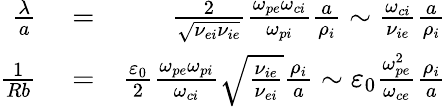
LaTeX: \begin{array}{rlr}{\frac{\lambda}{a}}&{{}=}&{\frac{2}{\sqrt{\nu_{ei}\nu_{ie}}}\frac{\omega_{pe}\omega_{ci}}{\omega_{pi}}\frac{a}{\rho_{i}}\sim\frac{\omega_{ci}}{\nu_{ie}}\frac{a}{\rho_{i}}}\\ {\frac{1}{Rb}}&{{}=}&{\frac{\varepsilon_{0}}{2}\frac{\omega_{pe}\omega_{pi}}{\omega_{ci}}\sqrt{\frac{\nu_{ie}}{\nu_{ei}}}\frac{\rho_{i}}{a}\sim\varepsilon_{0}\frac{\omega_{pe}^{2}}{\omega_{ce}}\frac{\rho_{i}}{a}}\end{array}